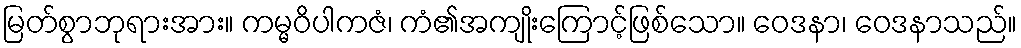
မြတ်စွာဘုရားအား။ ကမ္မဝိပါကဇံ၊ ကံ၏အကျိုးကြောင့်ဖြစ်သော။ ဝေဒနာ၊ ဝေဒနာသည်။